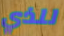
للذي